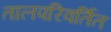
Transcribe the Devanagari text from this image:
तालपरिवर्तित